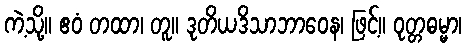
ကဲ့သို့။ ဧဝံ တထာ၊ တူ။ ဒုတိယဒိသာဘာဝေန၊ ဖြင့်။ ဝုတ္တဓမ္မာ၊